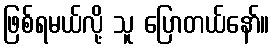
ဖြစ်ရမယ်လို့ သူ ပြောတယ်နော်။